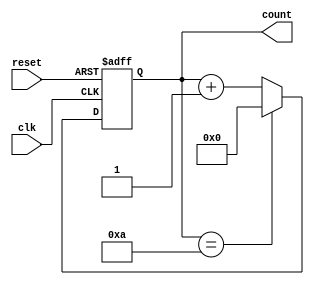
module ModulusCounter (
  input wire clk,
  input wire reset,
  output reg [7:0] count
);

parameter MODULO = 10;

always @(posedge clk or posedge reset)
begin
  if (reset)
    count <= 8'b0;
  else
  begin
    if (count == MODULO)
      count <= 8'b0;
    else
      count <= count + 1;
  end
end

endmodule